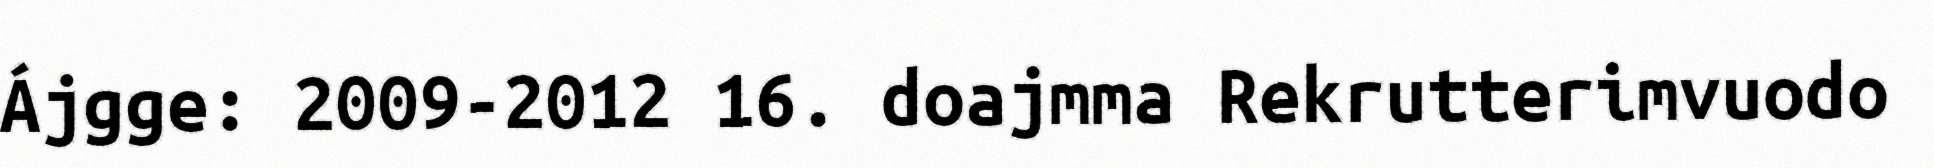
Ájgge: 2009-2012 16. doajmma Rekrutterimvuodo